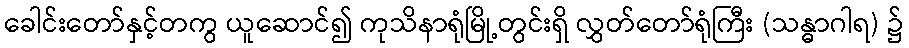
ခေါင်းတော်နှင့်တကွ ယူဆောင်၍ ကုသိနာရုံမြို့တွင်းရှိ လွှတ်တော်ရုံကြီး (သန္ဓာဂါရ) ၌